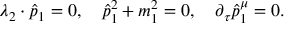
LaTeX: \lambda _ { 2 } \cdot \hat { p } _ { 1 } = 0 , \quad \hat { p } _ { 1 } ^ { 2 } + m _ { 1 } ^ { 2 } = 0 , \quad \partial _ { \tau } \hat { p } _ { 1 } ^ { \mu } = 0 .